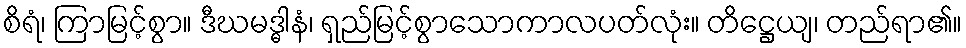
စိရံ၊ ကြာမြင့်စွာ။ ဒီဃမဒ္ဓါနံ၊ ရှည်မြင့်စွာသောကာလပတ်လုံး။ တိဋ္ဌေယျ၊ တည်ရာ၏။